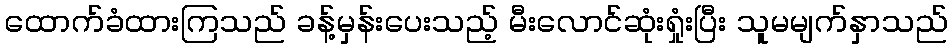
ထောက်ခံထားကြသည် ခန့်မှန်းပေးသည့် မီးလောင်ဆုံးရှုံးပြီး သူမမျက်နှာသည်